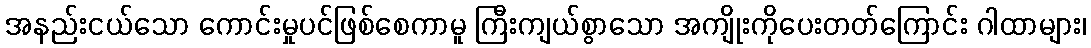
အနည်းငယ်သော ကောင်းမှုပင်ဖြစ်စေကာမူ ကြီးကျယ်စွာသော အကျိုးကိုပေးတတ်ကြောင်း ဂါထာများ၊